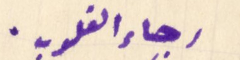
رجاء القلوب